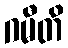
ဂမီတိ